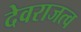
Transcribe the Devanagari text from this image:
देवराजत्व